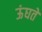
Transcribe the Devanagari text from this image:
ऊंघते